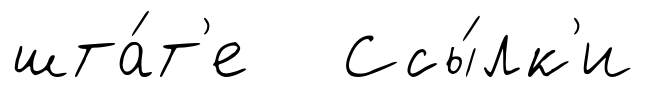
шта́т'е Ссы́лк'и